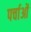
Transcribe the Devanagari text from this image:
पर्चाओं